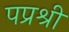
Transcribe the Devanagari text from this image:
पप्रश्री